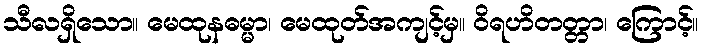
သီလရှိသော။ မေထုနဓမ္မာ၊ မေထုတ်အကျင့်မှ။ ဝိရဟိတတ္တာ၊ ကြောင့်။